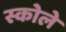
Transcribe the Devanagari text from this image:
स्कोले